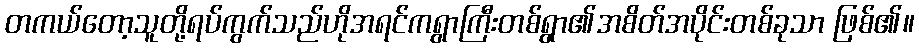
တကယ်တော့သူတို့ရပ်ကွက်သည်ဟိုအရင်ကရွာကြီးတစ်ရွာ၏အစိတ်အပိုင်းတစ်ခုသာ ဖြစ်၏။